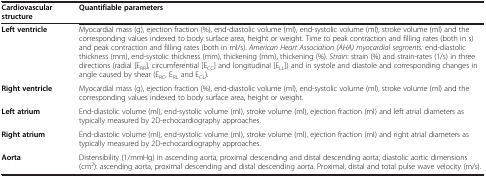
| Cardiovascular structure | Quantifiable parameters |
 | --- | --- |
 | Left ventricle | Myocardial mass (g), ejection fraction (%), end-diastolic volume (ml), end-systolic volume (ml), stroke volume (ml) and the corresponding values indexed to body surface area, height or weight. Time to peak contraction and filling rates (both in s) and peak contraction and filling rates (both in ml/s). American Heart Association (AHA) myocardial segments: end-diastolic thickness (mm), end-systolic thickness (mm), thickening (mm), thickening (%). Strain: strain (%) and strain-rates (1/s) in three directions (radial [ERR], circumferential [ECC] and longitudinal [ELL]) and in systole and diastole and corresponding changes in angle caused by shear (ERC, ERL and ECL). |
 | Right ventricle | Myocardial mass (g), ejection fraction (%), end-diastolic volume (ml), end-systolic volume (ml), stroke volume (ml) and the corresponding values indexed to body surface area, height or weight. |
 | Left atrium | End-diastolic volume (ml), end-systolic volume (ml), stroke volume (ml), ejection fraction (ml) and left atrial diameters as typically measured by 2D-echocardiography approaches. |
 | Right atrium | End-diastolic volume (ml), end-systolic volume (ml), stroke volume (ml), ejection fraction (ml) and right atrial diameters as typically measured by 2D-echocardiography approaches. |
 | Aorta | Distensibility (1/mmHg) in ascending aorta, proximal descending and distal descending aorta; diastolic aortic dimensions (cm2): ascending aorta, proximal descending and distal descending aorta. Proximal, distal and total pulse wave velocity (m/s). |